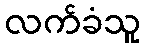
လက်ခံသူ